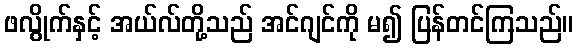
ဖလွိုက်နှင့် အယ်လ်တို့သည် အင်ဂျင်ကို မ၍ ပြန်တင်ကြသည်။